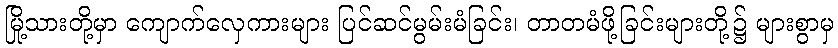
မြို့သားတို့မှာ ကျောက်လှေကားများ ပြင်ဆင်မွမ်းမံခြင်း၊ တာတမံဖို့ခြင်းများတို့၌ များစွာမှ